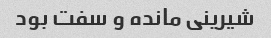
شیرینی مانده و سفت بود